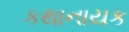
કથાનાયક